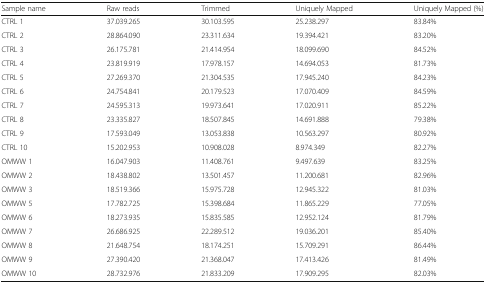
<table><thead><tr><td><b>Sample name</b></td><td><b>Raw reads</b></td><td><b>Trimmed</b></td><td><b>Uniquely Mapped</b></td><td><b>Uniquely Mapped (%)</b></td></tr></thead><tbody><tr><td>CTRL 1</td><td>37.039.265</td><td>30.103.595</td><td>25.238.297</td><td>83.84%</td></tr><tr><td>CTRL 2</td><td>28.864.090</td><td>23.311.634</td><td>19.394.421</td><td>83.20%</td></tr><tr><td>CTRL 3</td><td>26.175.781</td><td>21.414.954</td><td>18.099.690</td><td>84.52%</td></tr><tr><td>CTRL 4</td><td>23.819.919</td><td>17.978.157</td><td>14.694.053</td><td>81.73%</td></tr><tr><td>CTRL 5</td><td>27.269.370</td><td>21.304.535</td><td>17.945.240</td><td>84.23%</td></tr><tr><td>CTRL 6</td><td>24.754.841</td><td>20.179.523</td><td>17.070.409</td><td>84.59%</td></tr><tr><td>CTRL 7</td><td>24.595.313</td><td>19.973.641</td><td>17.020.911</td><td>85.22%</td></tr><tr><td>CTRL 8</td><td>23.335.827</td><td>18.507.845</td><td>14.691.888</td><td>79.38%</td></tr><tr><td>CTRL 9</td><td>17.593.049</td><td>13.053.838</td><td>10.563.297</td><td>80.92%</td></tr><tr><td>CTRL 10</td><td>15.202.953</td><td>10.908.028</td><td>8.974.349</td><td>82.27%</td></tr><tr><td>OMWW 1</td><td>16.047.903</td><td>11.408.761</td><td>9.497.639</td><td>83.25%</td></tr><tr><td>OMWW 2</td><td>18.438.802</td><td>13.501.457</td><td>11.200.681</td><td>82.96%</td></tr><tr><td>OMWW 3</td><td>18.519.366</td><td>15.975.728</td><td>12.945.322</td><td>81.03%</td></tr><tr><td>OMWW 5</td><td>17.782.725</td><td>15.398.684</td><td>11.865.229</td><td>77.05%</td></tr><tr><td>OMWW 6</td><td>18.273.935</td><td>15.835.585</td><td>12.952.124</td><td>81.79%</td></tr><tr><td>OMWW 7</td><td>26.686.925</td><td>22.289.512</td><td>19.036.201</td><td>85.40%</td></tr><tr><td>OMWW 8</td><td>21.648.754</td><td>18.174.251</td><td>15.709.291</td><td>86.44%</td></tr><tr><td>OMWW 9</td><td>27.390.420</td><td>21.368.047</td><td>17.413.426</td><td>81.49%</td></tr><tr><td>OMWW 10</td><td>28.732.976</td><td>21.833.209</td><td>17.909.295</td><td>82.03%</td></tr></tbody></table>